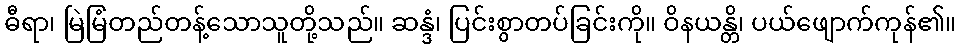
ဓီရာ၊ မြဲမြံတည်တန့်သောသူတို့သည်။ ဆန္ဒံ၊ ပြင်းစွာတပ်ခြင်းကို။ ဝိနယန္တိ၊ ပယ်ဖျောက်ကုန်၏။